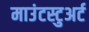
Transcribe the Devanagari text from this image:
माउंटस्टुअर्ट